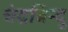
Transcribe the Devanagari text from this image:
चंद्रबिन्दु